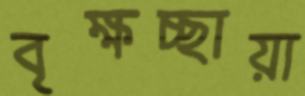
বৃক্ষচ্ছায়া